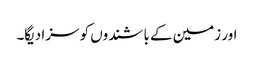
اور زمین کے باشندوں کو سزا دیگا۔